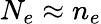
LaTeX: N_{e}\approx n_{e}